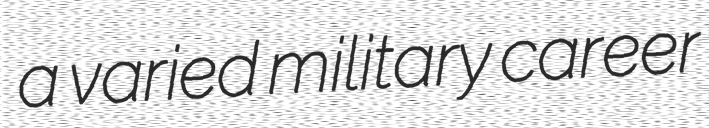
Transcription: a varied military career